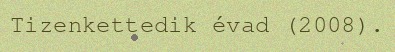
Tizenkettedik évad (2008).